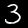
Label: 3